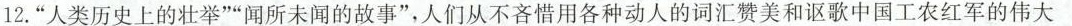
12.”人类历史上的壮举””闻所未闻的故事”，人们从不吝惜用各种动人的词汇赞美和讴歌中国工农红军的伟大